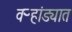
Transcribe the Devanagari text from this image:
वऱ्हांड्यात